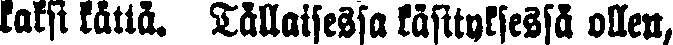
kaksi kättä. Tällaisessa käsityksessä ollen,